Report on the Nagpur School of Medicine, Central Provinces
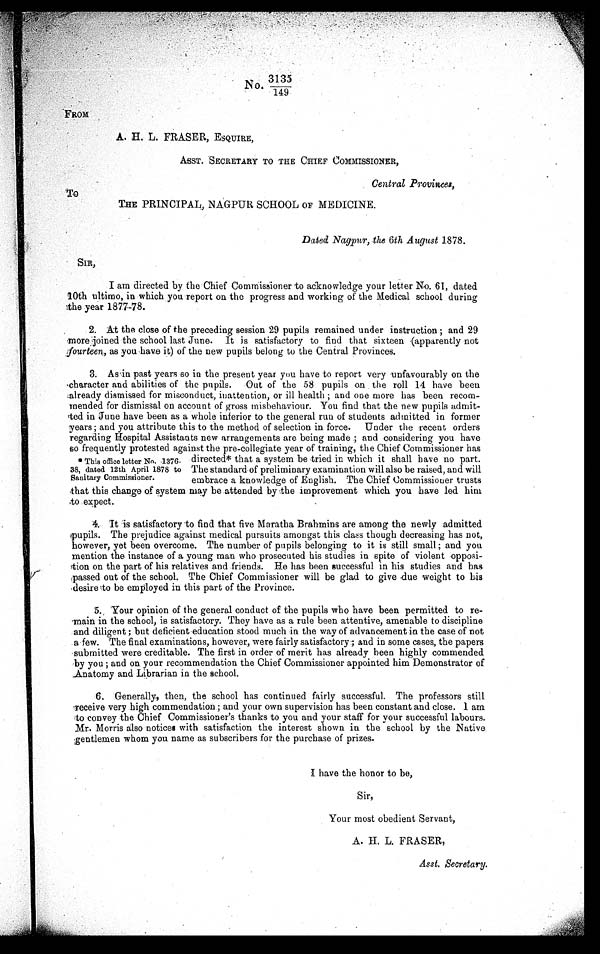
No.
3135
149
FROM
A. H. L. FRASER, ESQUIRE,
ASST. SECRETARY TO THE CHIEF COMMISSIONER,
Central Provinces,
To
THE PRINCIPAL, NAGPUR SCHOOL OF MEDICINE.
Dated Nagpur, the 6th August 1878.
I am directed by the Chief Commissioner to acknowledge your letter No. 61, dated
10th ultimo, in which you report on the progress and working of the Medical school during
the year 1877-78.
2. At the close of the preceding session 29 pupils remained under instruction ; and 29
more joined the school last June. It is satisfactory to find that sixteen (apparently not
fourteen, as you have it) of the new pupils belong to the Central Provinces.
3. As in past years so in the present year you have to report very unfavourably on the
character and abilities of the pupils. Out of the 58 pupils on the roll 14 have been
already dismissed for misconduct, inattention, or ill health ; and one more has been recom-
mended for dismissal on account of gross misbehaviour. You find that the new pupils admit-
ted in June have been as a whole inferior to the general run of students admitted in former
years ; and you attribute this to the method of selection in force. Under the recent orders
regarding Hospital Assistants new arrangements are being made ; and considering you have
so frequently protested against the pre-collegiate year of training. the Chief Commissioner has
* This office letter No.1376-
38, dated 12th April 1878 to
Sanitary Commissioner.
directed* that a system be tried in which it shall have no part.
The standard of preliminary examination will also be raised, and will
embrace a knowledge of English. The Chief Commissioner trusts
that this change of system may be attended by the improvement which you have led him
to expect.
4. It is satisfaction to find that five Maratha Brahmins are among the newly admitted
pupils. The prejudice against medical pursuits amongst this class though decreasing has not,
however, yet been overcome. The number of pupils belonging to it is still small; and you
mention the instance of a young man who prosecuted his studies in spite of violent opposi-
- t i o n o n t h e p a r t o f h i s r e l a t i v e s a n d f r i e n d s . H e h a s b e e n s u c c e s s f u l i n h i s s t u d i e s a n d h a s
passed out of the school. The Chief Commissioner will be glad to give due weight to his
desire to be employed in this part of the Province.
5. Your opinion of the general conduct of the pupils who have been permitted to re-
main in the school, is satisfactory. They have as a rule been attentive, amenable to discipline
and diligent ; but deficient education stood much in the way of advancement in the case of not
a few. The final examinations, however, were fairly satisfactory; and in some cases, the papers
submitted were creditable. The first in order of merit has already been highly commended
by you ; and on your recommendation the Chief Commissioner appointed him Demonstrator of
Anatomy and Librarian in the school.
6. Generally, then, the school has continued fairly successful. The professors still
receive very high commendation ; and your own supervision has been constant and close. I am
to convey the Chief Commissioner's thanks to you and your staff for your successful labours.
Mr. Morris also notices with satisfaction the interest shown in the school by the Native
gentlemen whom you name as subscribers for the purchase of prizes.
I have the honor to be,
Sir,
Your most obedient Servant,
A. H. L. FRASER,
Asst. Secretary.